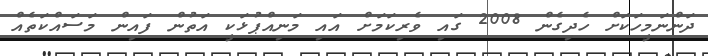
ދަންނަމީހަކަށް ހެދިގެން 2008 ގައި ވެރިކަމަށް އައި މަނިއްޕުޅަކީ އަތުން ފައިން މަސައްކަތެއް